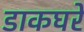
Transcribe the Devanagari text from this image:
डाकघरे